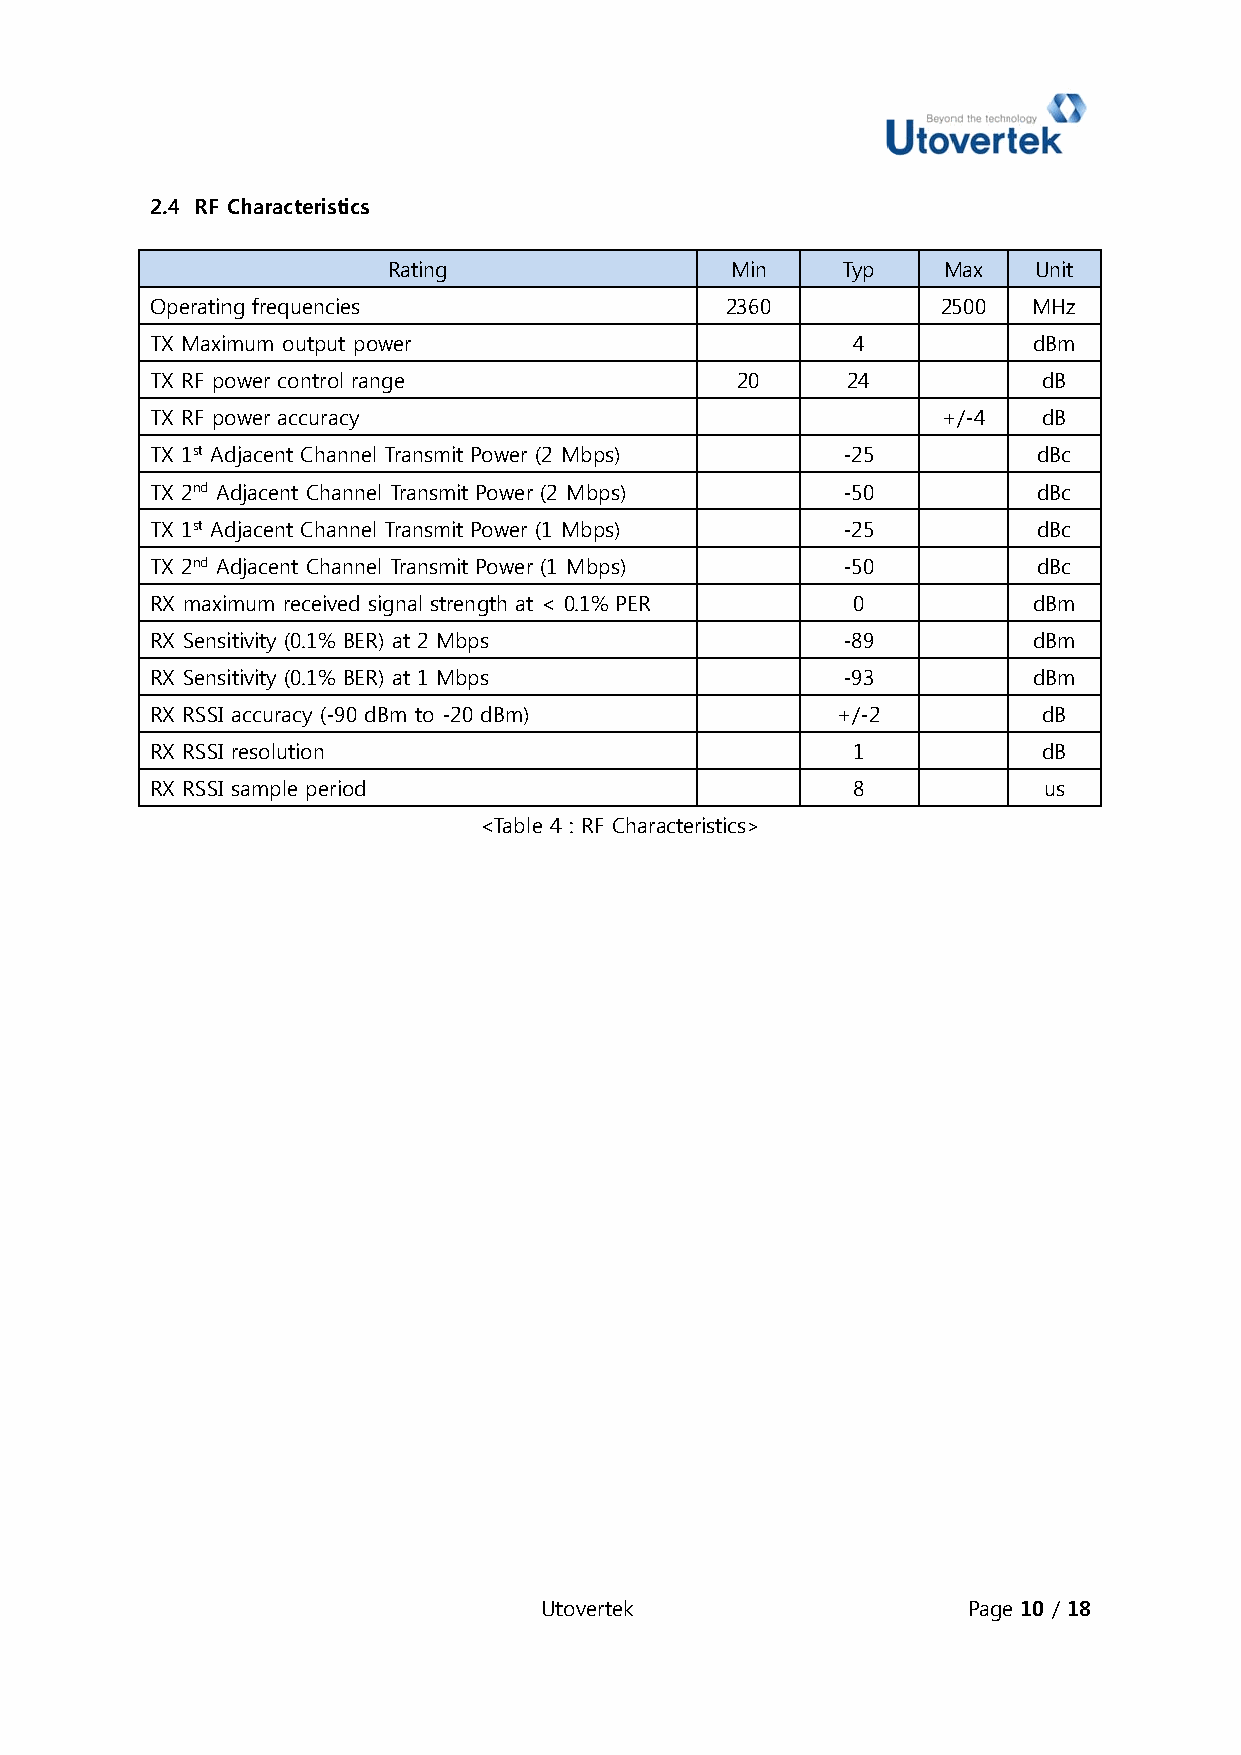
2.4 RF Characteristics
 Rating                Min     Typ   Max   Unit
 Operatinng frequencies                2360          2500  MHz
 TX Maxiimum outpuut power                     4           dBm
 TX RF power controol range             20     24           dB
 TX RF power accuraacy                               +/-4   dB
 TX 1st Adjacent Channel Transmmit Power (2 Mbps) -25       dBc
 TX 2nd AAdjacent Chaannel Transmmit Power (2 Mbps) -50     dBc
 TX 1st Adjacent Channel Transmmit Power (1 Mbps) -25       dBc
 TX 2nd AAdjacent Chaannel Transmmit Power (1 Mbps) -50     dBc
 RX maxiimum receivved signal strength at < 0.1% PER 0     dBm
 RX Senssitivity (0.1% BER) at 2 MMbps         -89         dBm
 RX Senssitivity (0.1% BER) at 1 MMbps         -93         dBm
 RX RSSI accuracy (-990 dBm to --20 dBm)      +/-2          dB
 RX RSSI resolution                            1            dB
 RX RSSI sample perriod                        8            us
 <Table 44 : RF Characcteristics>
 Uttovertek                  Pagee 10 / 18